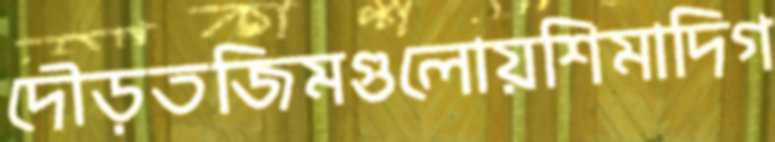
দৌড়তজিমগুলোয়শিমাদিগ